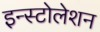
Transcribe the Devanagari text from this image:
इन्स्टोलेशन